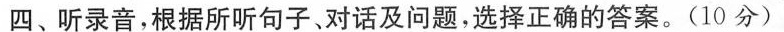
四、听录音，根据所听句子、对话及问题,选择正确的答案。(10 分)